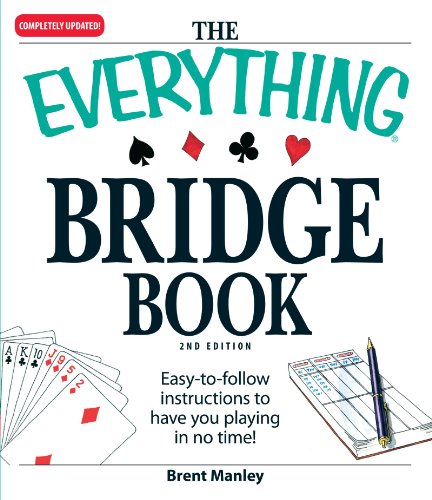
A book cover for The Everything Bridge Book: Easy-to-follow instructions to have you playing in no time!; Brent Manley; Humor & Entertainment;